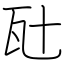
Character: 瓧